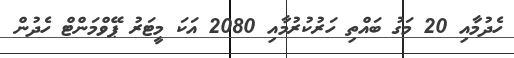
ހެދުމާއި 20 މަގު ބައްތި ހަރުކުރުމާއި 2080 އަކަ މީޓަރު ޕޭވްމަންޓް ހެދުން